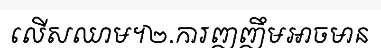
លើសឈាម។២.ការញញឹមអាចមាន